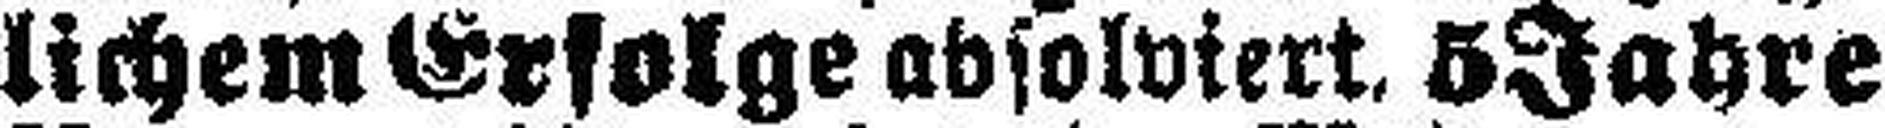
lichem Erfolge absolviert. 5 Jahre